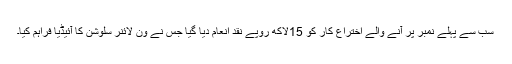
سب سے پہلے نمبر پر آنے والے اختراع کار کو 15لاکھ روپے نقد انعام دیا گیا جس نے ون لائنر سلوشن کا آئیڈیا فراہم کیا۔